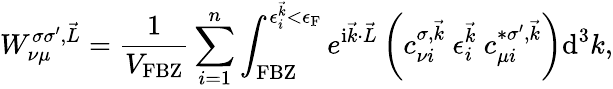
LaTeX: W_{\nu\mu}^{\sigma\sigma^{\prime},\vec{L}}=\frac{1}{V_{\textrm{FBZ}}}\sum_{i=1}^{n}\int_{\textrm{FBZ}}^{\epsilon_{i}^{\vec{k}}<\epsilon_{\textrm{F}}}e^{\mathrm{i}\vec{k}\cdot\vec{L}}\left(c_{\nu i}^{\sigma,\vec{k}}~\epsilon_{i}^{\vec{k}}~c_{\mu i}^{*\sigma^{\prime},\vec{k}}\right)\textrm{d}^{3}k,